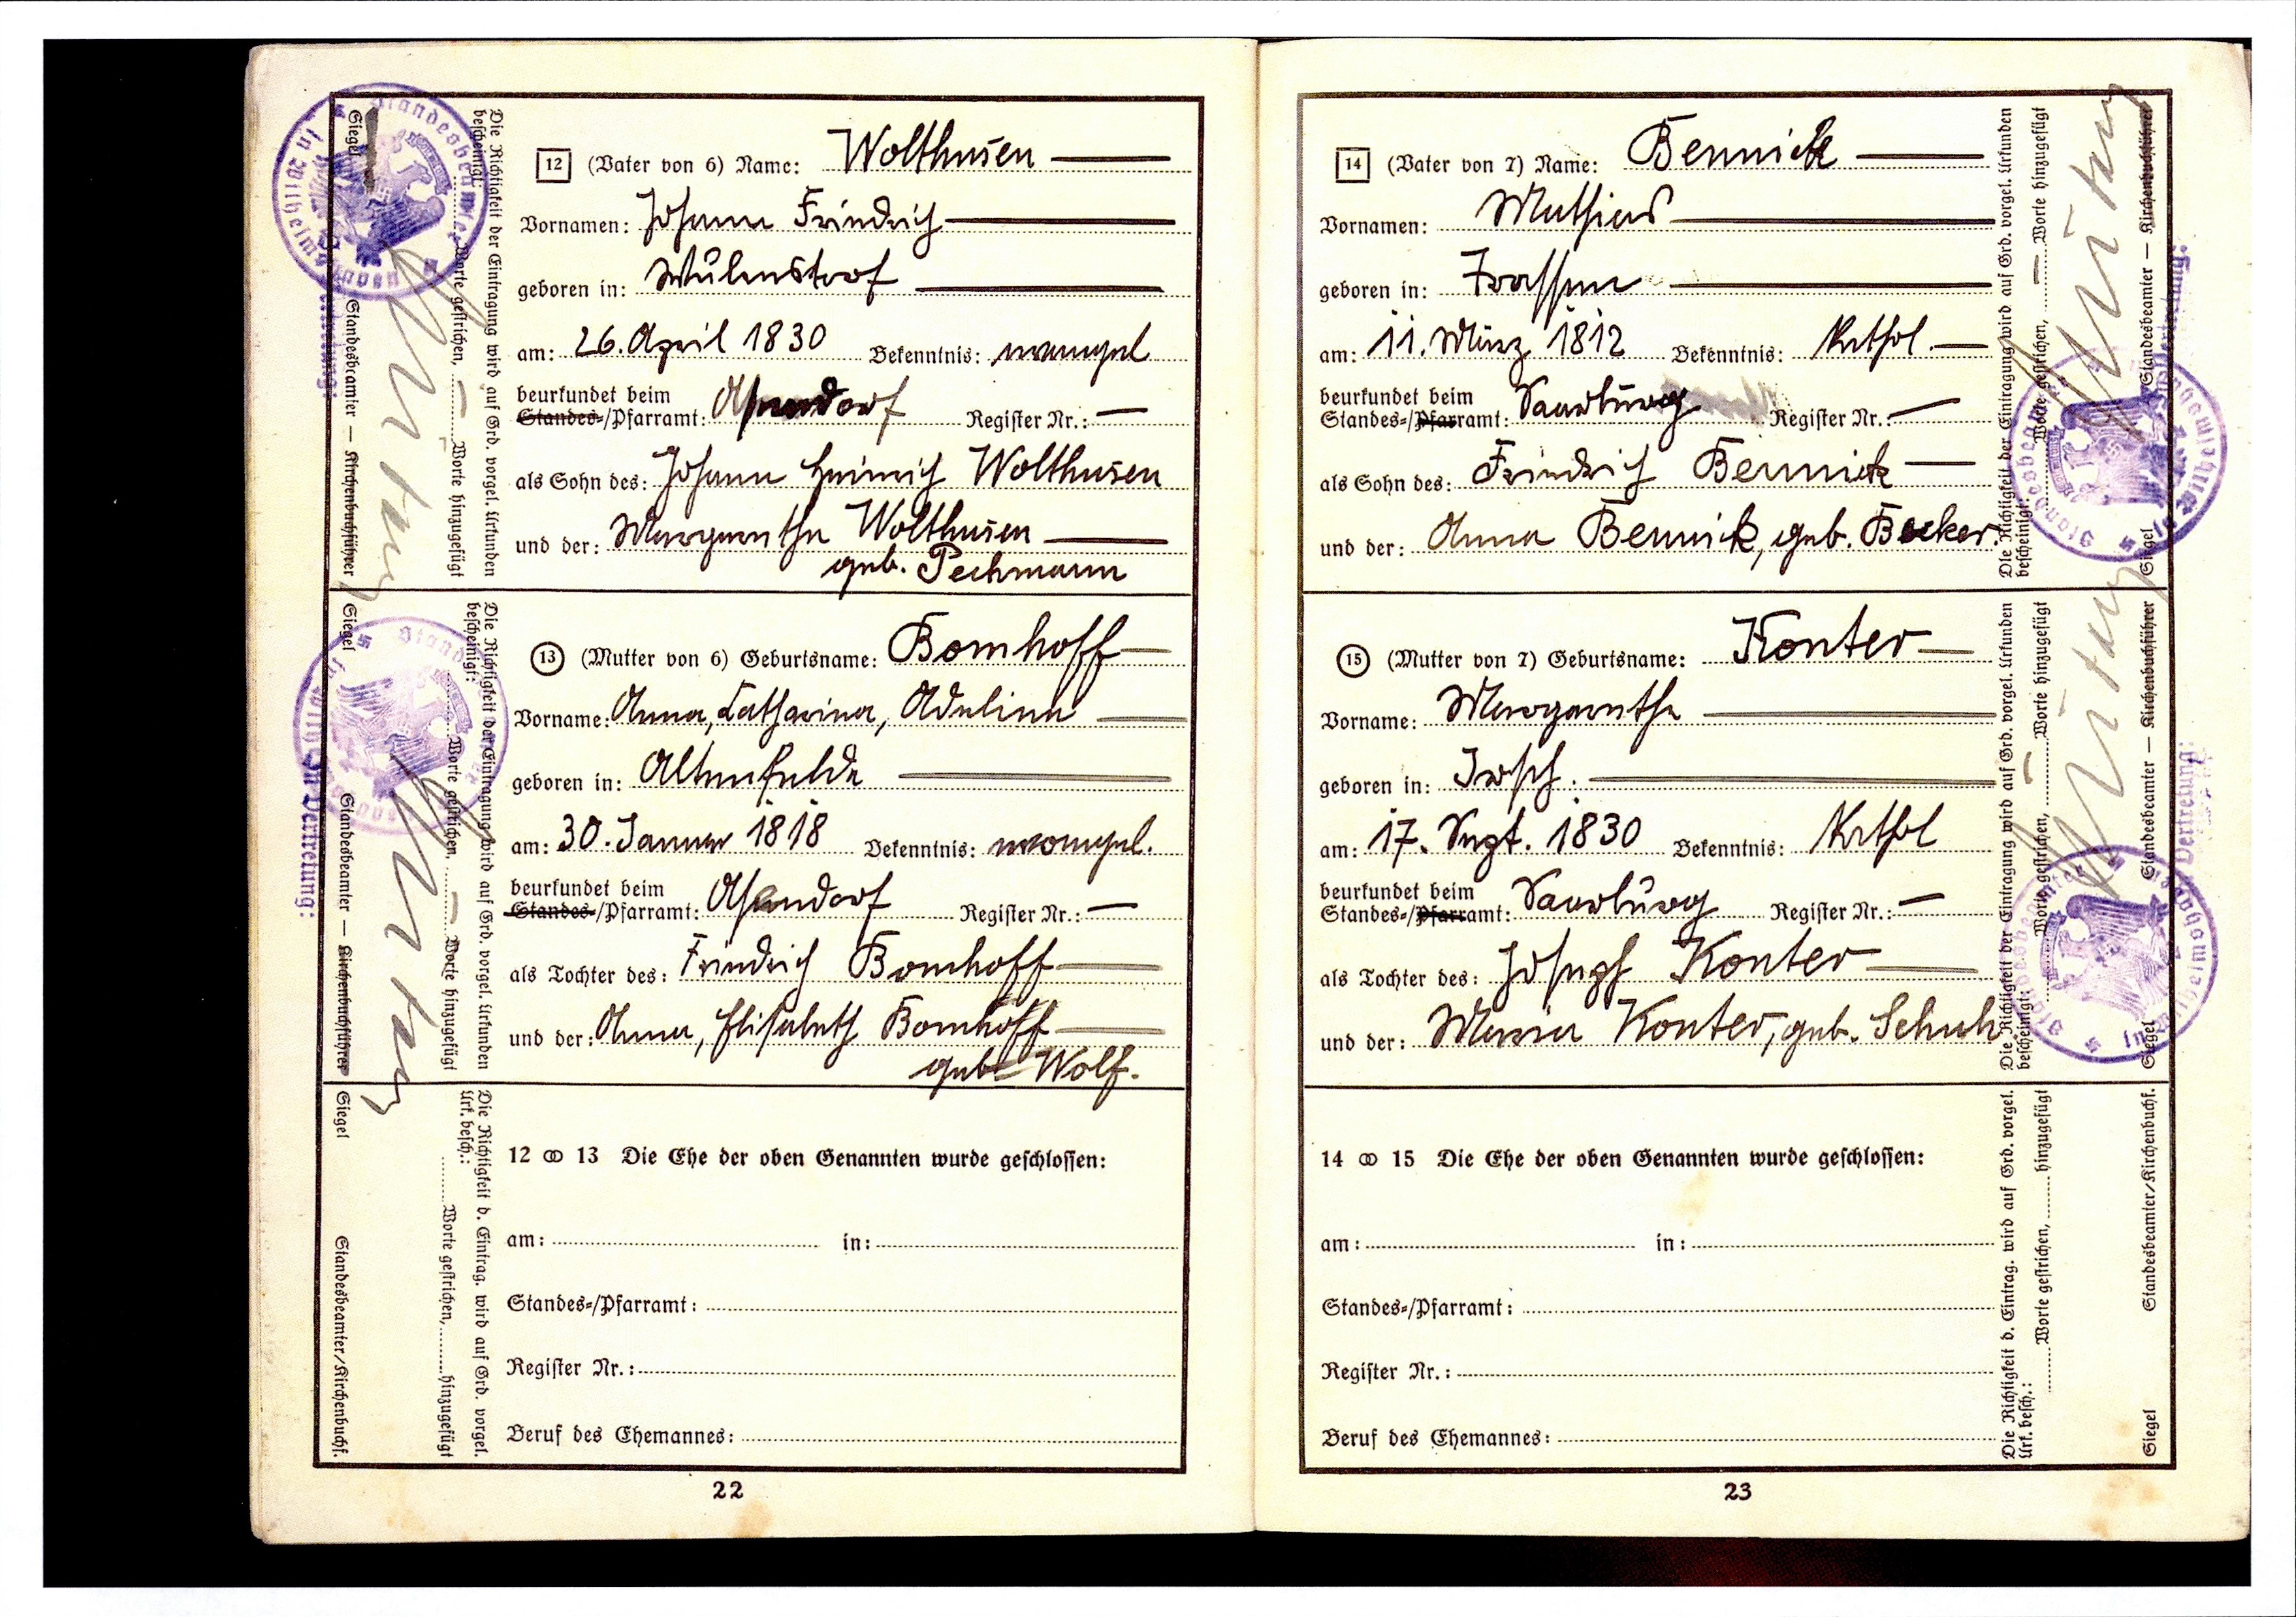
Wolthusen
Johann Friedrich
Mulenstorf
26. April 1830 Bekenntnis: evangel.
Asendorf
Johann Heinrich Wolthusen
Margarethe Wolthusen
geb. Techmann
Bomhoff
Anna, Catharina, Adeline
Altenfelde
30. Jannner 1818 Bekenntnis: evangel.
Asendorf
Friedrich Bomhoff
Anna, Elisabeth Bomhoff
geb. Wolf.

Bennick
Mathias
Trassen
11. März 1812 Bekenntnis: Kathol
Saarburg
Friedrich Bennick
Anna Bennick, geb. Becker
Konter
Margarethe
Irsch
17. Sept. 1830 Bekenntnis: Kathol
Saarburg
Joseph Konter
Maria Konter, geb. Schuh